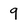
Character: 9